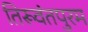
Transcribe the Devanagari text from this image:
तिरूवंतपुरम